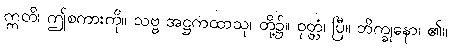
ဣတိ၊ ဤစကားကို။ သဗ္ဗ အဋ္ဌကထာသု၊ တို့၌။ ဝုတ္တံ၊ ပြီ။ ဘိက္ခုနော၊ ၏။